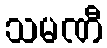
သမဏီ